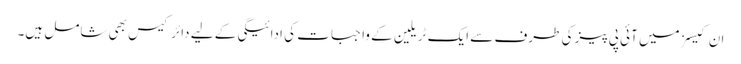
ان کیسز میں آئی پی پیز کی طرف سے ایک ٹریلین کے واجبات کی ادائیگی کے لیے دائر کیس بھی شامل ہیں۔